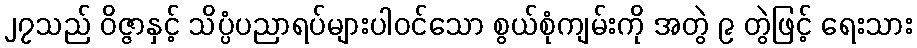
၂၇သည် ဝိဇ္ဇာနှင့် သိပ္ပံပညာရပ်များပါဝင်သော စွယ်စုံကျမ်းကို အတွဲ ၉ တွဲဖြင့် ရေးသား